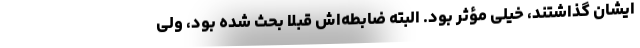
ایشان گذاشتند، خیلی مؤثر بود. البته ضابطه‌اش قبلاً بحث شده بود، ولی